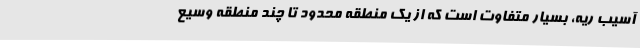
آسیب ریه، بسیار متفاوت است که از یک منطقه محدود تا چند منطقه وسیع